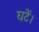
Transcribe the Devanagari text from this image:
घटें।